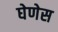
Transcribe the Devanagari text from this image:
घेणेस